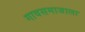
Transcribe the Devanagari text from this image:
गावसमाजाला